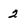
Character: 2